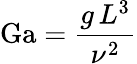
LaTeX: \mathrm{Ga}={\frac{g\, L^{3}}{\nu^{2}}}